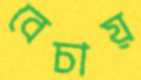
বেচায়